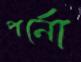
পর্নো